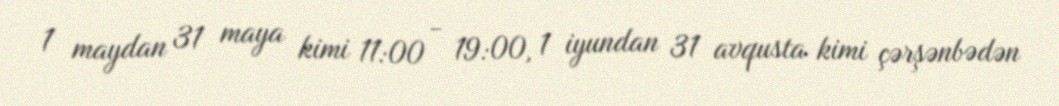
1 maydan 31 maya kimi 11:00 - 19:00, 1 iyundan 31 avqusta kimi çərşənbədən